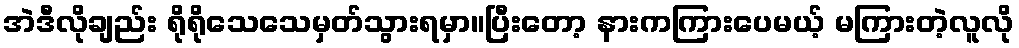
အဲဒီလိုချည်း ရိုရိုသေသေမှတ်သွားရမှာ။ပြီးတော့ နားကကြားပေမယ့် မကြားတဲ့လူလို